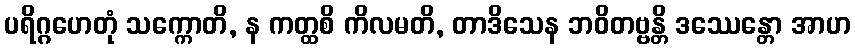
ပရိဂ္ဂဟေတုံ သက္ကောတိ, န ကတ္ထစိ ကိလမတိ, တာဒိသေန ဘဝိတဗ္ဗန္တိ ဒဿေန္တော အာဟ